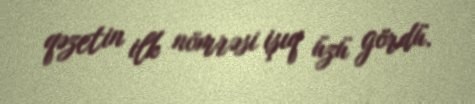
qəzetin ilk nömrəsi işıq üzü gördü.